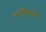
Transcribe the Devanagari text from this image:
कांटिन्युअस